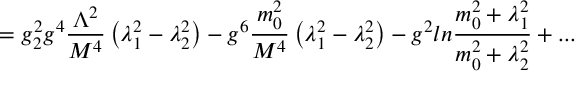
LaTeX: = g _ { 2 } ^ { 2 } g ^ { 4 } { \frac { \Lambda ^ { 2 } } { M ^ { 4 } } } \left( \lambda _ { 1 } ^ { 2 } - \lambda _ { 2 } ^ { 2 } \right) - g ^ { 6 } { \frac { m _ { 0 } ^ { 2 } } { M ^ { 4 } } } \left( \lambda _ { 1 } ^ { 2 } - \lambda _ { 2 } ^ { 2 } \right) - g ^ { 2 } l n { \frac { m _ { 0 } ^ { 2 } + \lambda _ { 1 } ^ { 2 } } { m _ { 0 } ^ { 2 } + \lambda _ { 2 } ^ { 2 } } } + . . .